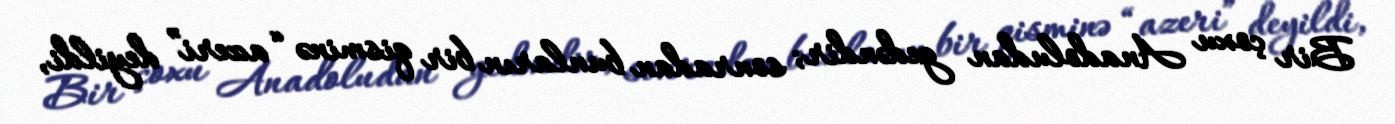
Bir çoxu Anadoludan gedəndir; sonradan bunların bir qisminə “azeri” deyildi,